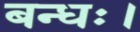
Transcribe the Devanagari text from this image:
बन्धः।